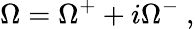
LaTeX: \Omega=\Omega^{+}+i\Omega^{-}\ ,